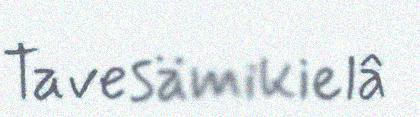
Tavesämikielâ